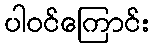
ပါဝင်ကြောင်း